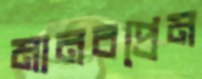
মানবপ্রেম